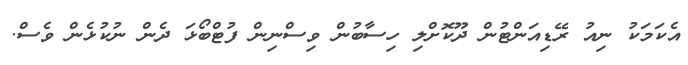
އެކަމަކު ނިއު ރޭޑިއަންޓުން ދޫކޮށްލި ހިސާބުން ވިސްނިން ފުޓްބޯޅަ ދެން ނުކުޅެން ވެސް.